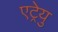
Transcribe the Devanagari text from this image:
एट्रेयु